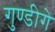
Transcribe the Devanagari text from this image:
गुण्डीगे